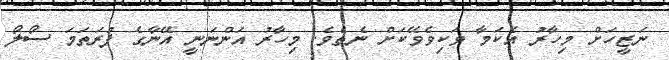
ނަޒީހަށް މިހާރު އެކަމާ ވަކިވެވޭކަށް ނެތެވެ. މިހާރު އަންނަނީ އޭނާގެ ފުރަތަމަ ސޯލޯ